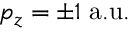
p _ { z } = \pm 1 \; \mathrm { a . u . }